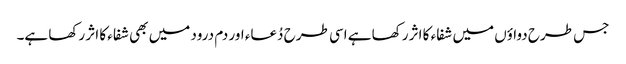
جس طرح دواؤں میں شفاء کا اثر رکھا ہے اسی طرح دُعاء اور دم درود میں بھی شفاء کا اثر رکھا ہے۔